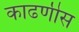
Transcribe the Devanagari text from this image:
काढणीस